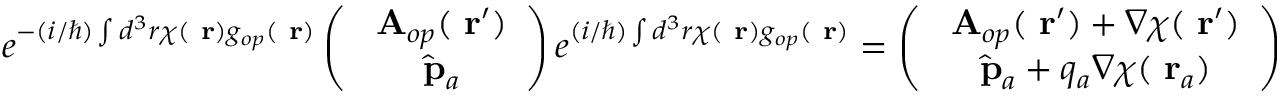
e ^ { - ( i / \hbar ) \int d ^ { 3 } r \chi ( \mathrm { \bf ~ r } ) g _ { o p } ( \mathrm { \bf ~ r } ) } \left( \begin{array} { c } { \mathrm { \bf ~ A } _ { o p } ( \mathrm { \bf ~ r } ^ { \prime } ) } \\ { \hat { \mathrm { \bf ~ p } } _ { a } } \end{array} \right) e ^ { ( i / \hbar ) \int d ^ { 3 } r \chi ( \mathrm { \bf ~ r } ) g _ { o p } ( \mathrm { \bf ~ r } ) } = \left( \begin{array} { c } { \mathrm { \bf ~ A } _ { o p } ( \mathrm { \bf ~ r } ^ { \prime } ) + \nabla \chi ( \mathrm { \bf ~ r } ^ { \prime } ) } \\ { \hat { \mathrm { \bf ~ p } } _ { a } + q _ { a } \nabla \chi ( \mathrm { \bf ~ r } _ { a } ) } \end{array} \right)